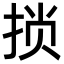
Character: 𫼶